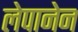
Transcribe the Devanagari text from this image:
लेपानेन